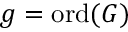
g = { \mathrm { o r d } } ( G )